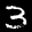
Label: 3